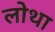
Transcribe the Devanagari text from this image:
लोथा